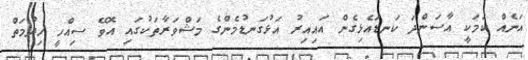
އަނެއް ކަމަކީ އާސަންދަ ކަނޑައެޅިގެން އައިއިރު އަޅުގަނޑުމެންގެ މަޝްވަރާތަކުގައި އޮވޭ ސިއްހީ ހިދުމަތް